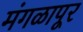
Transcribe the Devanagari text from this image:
मंगळापूर